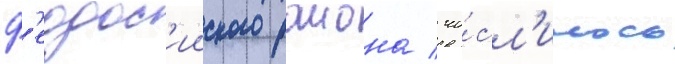
ф'еодос'ииского раиона / чи́сл'илось